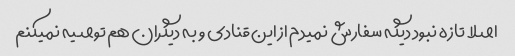
اصلا تازه نبود دیگه سفارش نمیدم از این قنادی و به دیگران هم توصیه نمیکنم